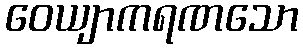
ဝေယျာကရဏသော